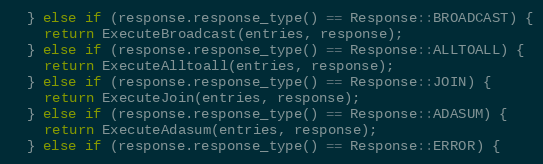
Language: C++
  } else if (response.response_type() == Response::BROADCAST) {
    return ExecuteBroadcast(entries, response);
  } else if (response.response_type() == Response::ALLTOALL) {
    return ExecuteAlltoall(entries, response);
  } else if (response.response_type() == Response::JOIN) {
    return ExecuteJoin(entries, response);
  } else if (response.response_type() == Response::ADASUM) {
    return ExecuteAdasum(entries, response);
  } else if (response.response_type() == Response::ERROR) {